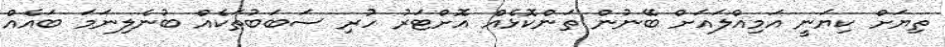
ތިޔަށް ކިޔަނީ އަމިއްލައަށް ބޭނުން ތަންކޮޅެއް އޮށްޓަރު ހުރި ސަބަބުތަކެއް ބުނެލިނަމަ ބައެއް